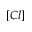
[ C l ]